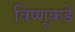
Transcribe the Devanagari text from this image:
विष्णूकडे